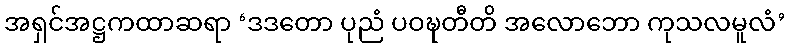
အရှင်အဋ္ဌကထာဆရာ ‘ဒဒတော ပုညံ ပဝဍ္ဎတီတိ အလောဘော ကုသလမူလံ’